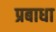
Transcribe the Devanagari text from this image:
प्रबाधा